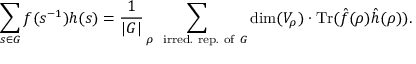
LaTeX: \sum _ { s \in G } f ( s ^ { - 1 } ) h ( s ) = { \frac { 1 } { | G | } } \sum _ { \rho \, \, { \mathrm { ~ i r r e d . } } { \mathrm { ~ r e p . } } { \mathrm { ~ o f ~ } } G } \dim ( V _ { \rho } ) \cdot { \mathrm { T r } } ( { \hat { f } } ( \rho ) { \hat { h } } ( \rho ) ) .